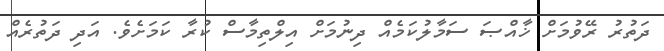
ދަތުރު ރޭވުމަށް ޚާއްޞަ ސަމާލުކަމެއް ދިނުމަށް އިލްތިމާސް ކުރާ ކަމަށެވެ. އަދި ދަތުރެއް